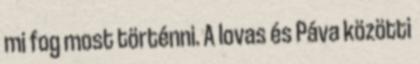
mi fog most történni. A lovas és Páva közötti